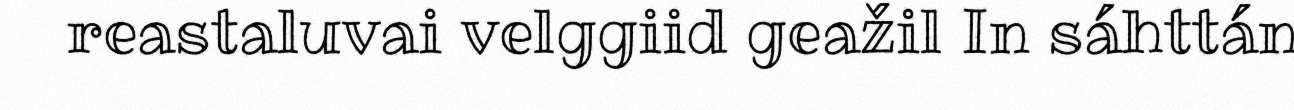
reastaluvai velggiid geažil In sáhttán